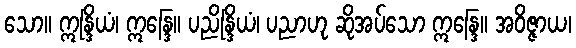
သော။ ဣန္ဒြိယံ၊ ဣန္ဒြေ။ ပညိန္ဒြိယံ၊ ပညာဟု ဆိုအပ်သော ဣန္ဒြေ။ အဝိဇ္ဇာယ၊